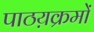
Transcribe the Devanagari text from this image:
पाठय़क्रमों